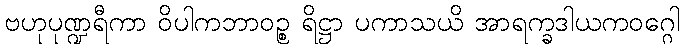
ဗဟုပုဏ္ဍရီကာ ဝိပါကဘာဝဉ္စ ရိဋ္ဌာ ပကာသယိ အာရက္ခဒါယကဝဂ္ဂေါ